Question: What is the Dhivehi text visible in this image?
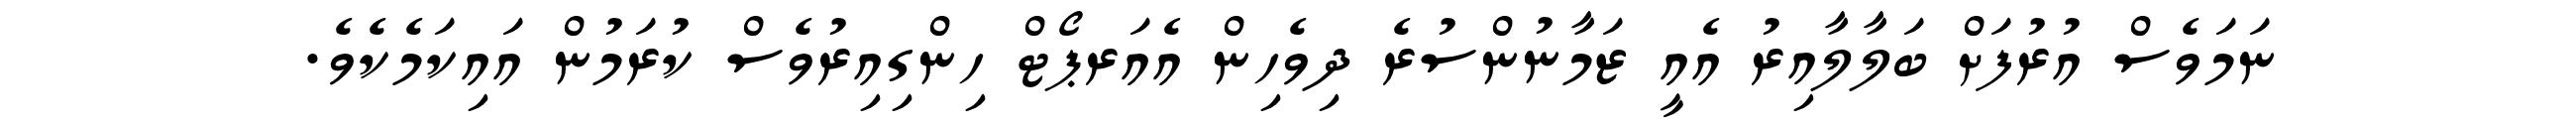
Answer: ނަމަވެސް އުރުފަށް ބަލާލާއިރު އެއީ ޒަމާނުންސުރެ ދިވެހިން އެއަރޕޯޓް ހިންގިއިރުވެސް ކުރަމުން އައިކަމެކެވެ.